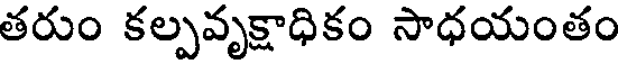
తరుం కల్పవృక్షాధికం సాధయంతం